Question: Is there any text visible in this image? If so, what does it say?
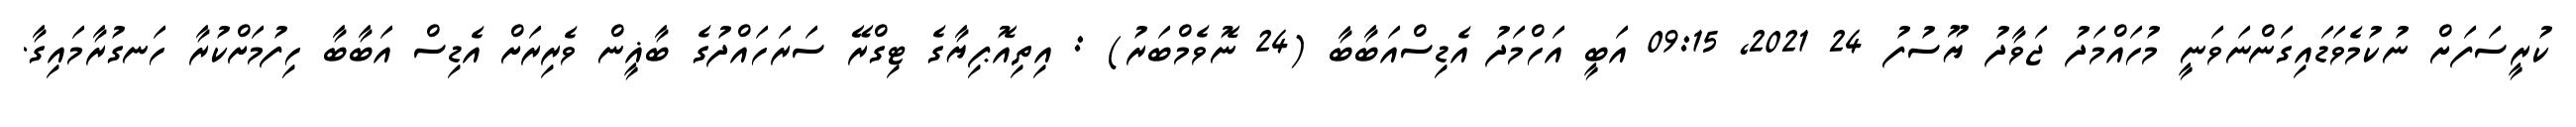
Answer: ކުރީސަފަށް ނުކުމެވަޑައިގަންނަވަނީ މުހައްމަދު ޖަވާދު ޔޫސުފު 24 2021, 09:15 އަބީ އަހްމަދު އެޑިސްއަބާބާ (24 ނޮވެމްބަރު) : އިތިއޮޕިޔާގެ ޓިގްރޭ ސަރަހައްދުގެ ބާޣީން ވެރިރަށް އެޑިސް އަބާބާ ހިފުމަށްކުރާ ހަނގުރާމައިގާ.